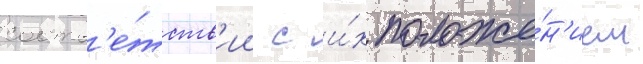
соотв'е́тств'ии с и́х положе́н'ием